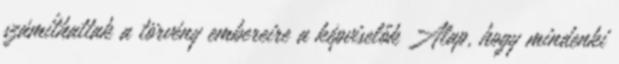
számíthattak a törvény embereire a képviselők Alap, hogy mindenki